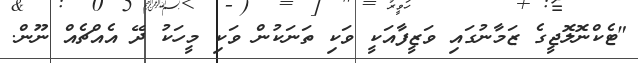
"ޓެކްނޮލޮޖީގެ ޒަމާނުގައި ވަޒީފާއަކީ ވަކި ތަނަކުން ވަކި މީހަކު ދޭ އެއްޗެއް ނޫން.